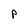
Character: p